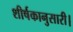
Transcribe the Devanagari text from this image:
शीर्षकानुसारी।